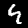
Digit: 4